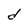
Character: d